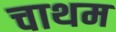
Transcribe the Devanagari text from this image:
चाथम